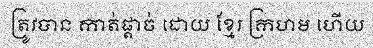
ត្រូវបាន កាត់ផ្តាច់ ដោយ ខ្មែរ ក្រហម ហើយ